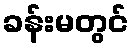
ခန်းမတွင်